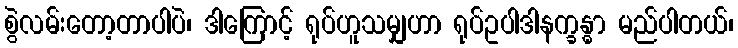
စွဲလမ်းတော့တာပါပဲ၊ ဒါကြောင့် ရုပ်ဟူသမျှဟာ ရုပ်ဥပါဒါနက္ခန္ဓာ မည်ပါတယ်၊